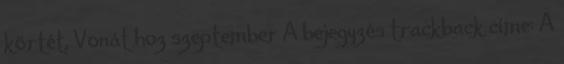
körtét, Vonát hoz szeptember A bejegyzés trackback címe: A